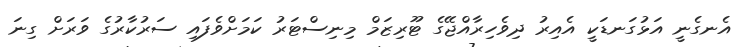
އެނގެނީ އަޅުގަނޑަކީ އެއިރު ދިވެހިރާއްޖޭގެ ޓޫރިޒަމް މިނިސްޓަރު ކަމަށްވެފައި ސަރުކާރުގެ ވަރަށް ގިނަ